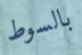
بالسوط